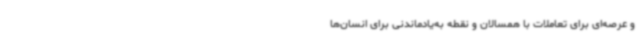
و عرصه‌ای برای تعاملات با همسالان و نقطه به‌یادماندنی برای انسان‌ها